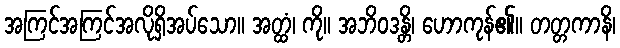
အကြင်အကြင်အလိုရှိအပ်သော။ အတ္ထံ၊ ကို။ အဘိဝဒန္တိ၊ ဟောကုန်၏။ တတ္တကာနိ၊